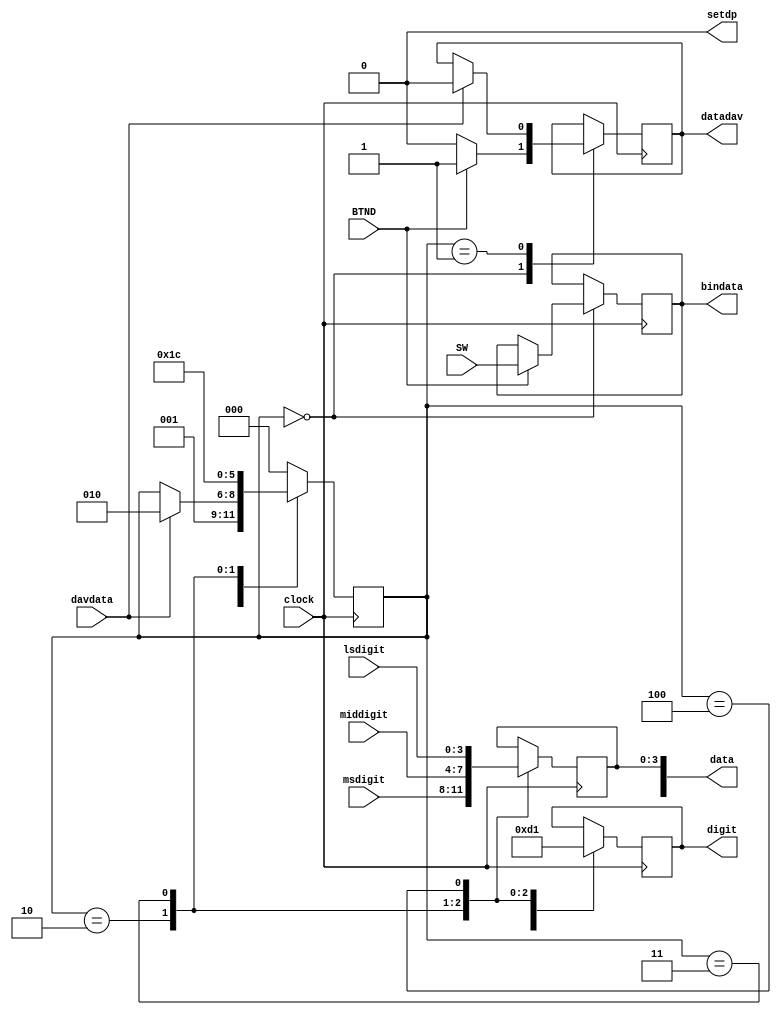
// Nexys3 Board
// Generated Data geniterdata.v
// Iterative Converseion of Binary to BCD binBCDiter.v
// c 2012 Embedded Design using Programmable Gate Arrays  Dennis Silage

module geniterdata(input clock, BTND, input [7:0] SW, output reg datadav,
                   input davdata, output reg [7:0] bindata,
						 output reg [4:0] data, output reg [2:0] digit,
						 output reg setdp=0, input [3:0] msdigit,
						 input [3:0] middigit, input [3:0] lsdigit);
					
reg [2:0] gstate=0;	// state register

always@(posedge clock)
	begin
			case (gstate)
				0:	begin
						datadav=0;
						digit=0;
						if (BTND==1)
							begin
								bindata=SW;		// read binary data
								datadav=1;
							end
						gstate=1;
					end
				1:	begin
						if (davdata==1)
							begin
								datadav=0;
								gstate=2;
							end
					end
				2: begin
						data[3:0]=msdigit[3:0];
						digit=3;
						gstate=3;
					end
				3: begin
						data[3:0]=middigit[3:0];
						digit=2;
						gstate=4;
					end
				4: begin
						data[3:0]=lsdigit[3:0];
						digit=1;
						gstate=0;
					end
				default: gstate=0;
			endcase
			
	end

endmodule